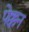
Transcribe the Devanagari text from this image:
पेक्कन